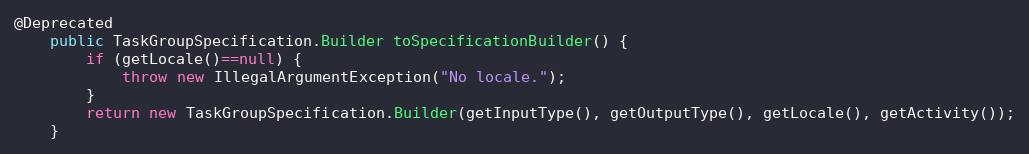
Language: Java
@Deprecated
	public TaskGroupSpecification.Builder toSpecificationBuilder() {
		if (getLocale()==null) {
			throw new IllegalArgumentException("No locale.");
		}
		return new TaskGroupSpecification.Builder(getInputType(), getOutputType(), getLocale(), getActivity());
	}